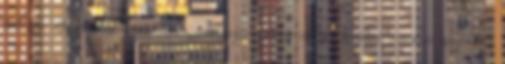
február 18. színész, operaénekes, zeneszerző, operarendező, fordító, zenekari muzsikus,